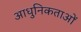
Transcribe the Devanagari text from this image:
आधुनिकताओं